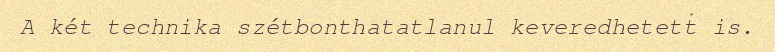
A két technika szétbonthatatlanul keveredhetett is.